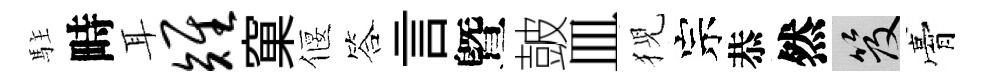
駐畤耳雉窠偃答言曁皷皿猊宗恭然笈膏